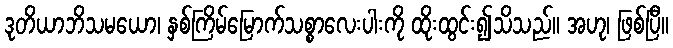
ဒုတိယာဘိသမယော၊ နှစ်ကြိမ်မြောက်သစ္စာလေးပါးကို ထိုးထွင်း၍သိသည်။ အဟု၊ ဖြစ်ပြီ။